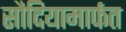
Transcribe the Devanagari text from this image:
सौदियामार्फत